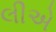
લીએ